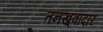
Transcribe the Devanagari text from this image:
तनख़्वादार